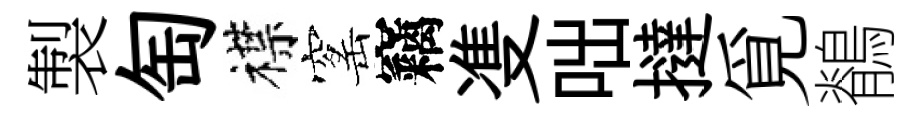
製匋襟窰竊㕠咄撻覓鶺